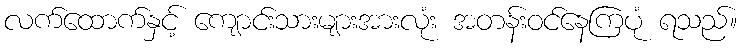
လက်ထောက်နှင့် ကျောင်းသားများအားလုံး အတန်းဝင်နေကြပုံ ရသည်။